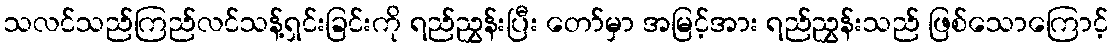
သလင်သည်ကြည်လင်သန့်ရှင်းခြင်းကို ရည်ညွှန်းပြီး တော်မှာ အမြင့်အား ရည်ညွှန်းသည် ဖြစ်သောကြောင့်